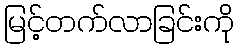
မြင့်တက်လာခြင်းကို